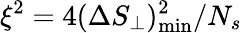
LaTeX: \xi^{2}=4(\Delta S_{\perp})_{\mathrm{min}}^{2}/N_{s}